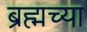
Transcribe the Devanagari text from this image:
ब्रह्मच्या